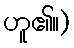
ဟူ၏။)